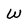
Character: W